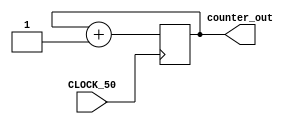

module simple_counter(
								CLOCK_50,
								counter_out
							);
	
input 	CLOCK_50;
output 	[31:0]counter_out;
reg 		[31:0]counter_out;

always@(posedge CLOCK_50)
	begin
		counter_out <= #1 counter_out + 1;
	end

endmodule